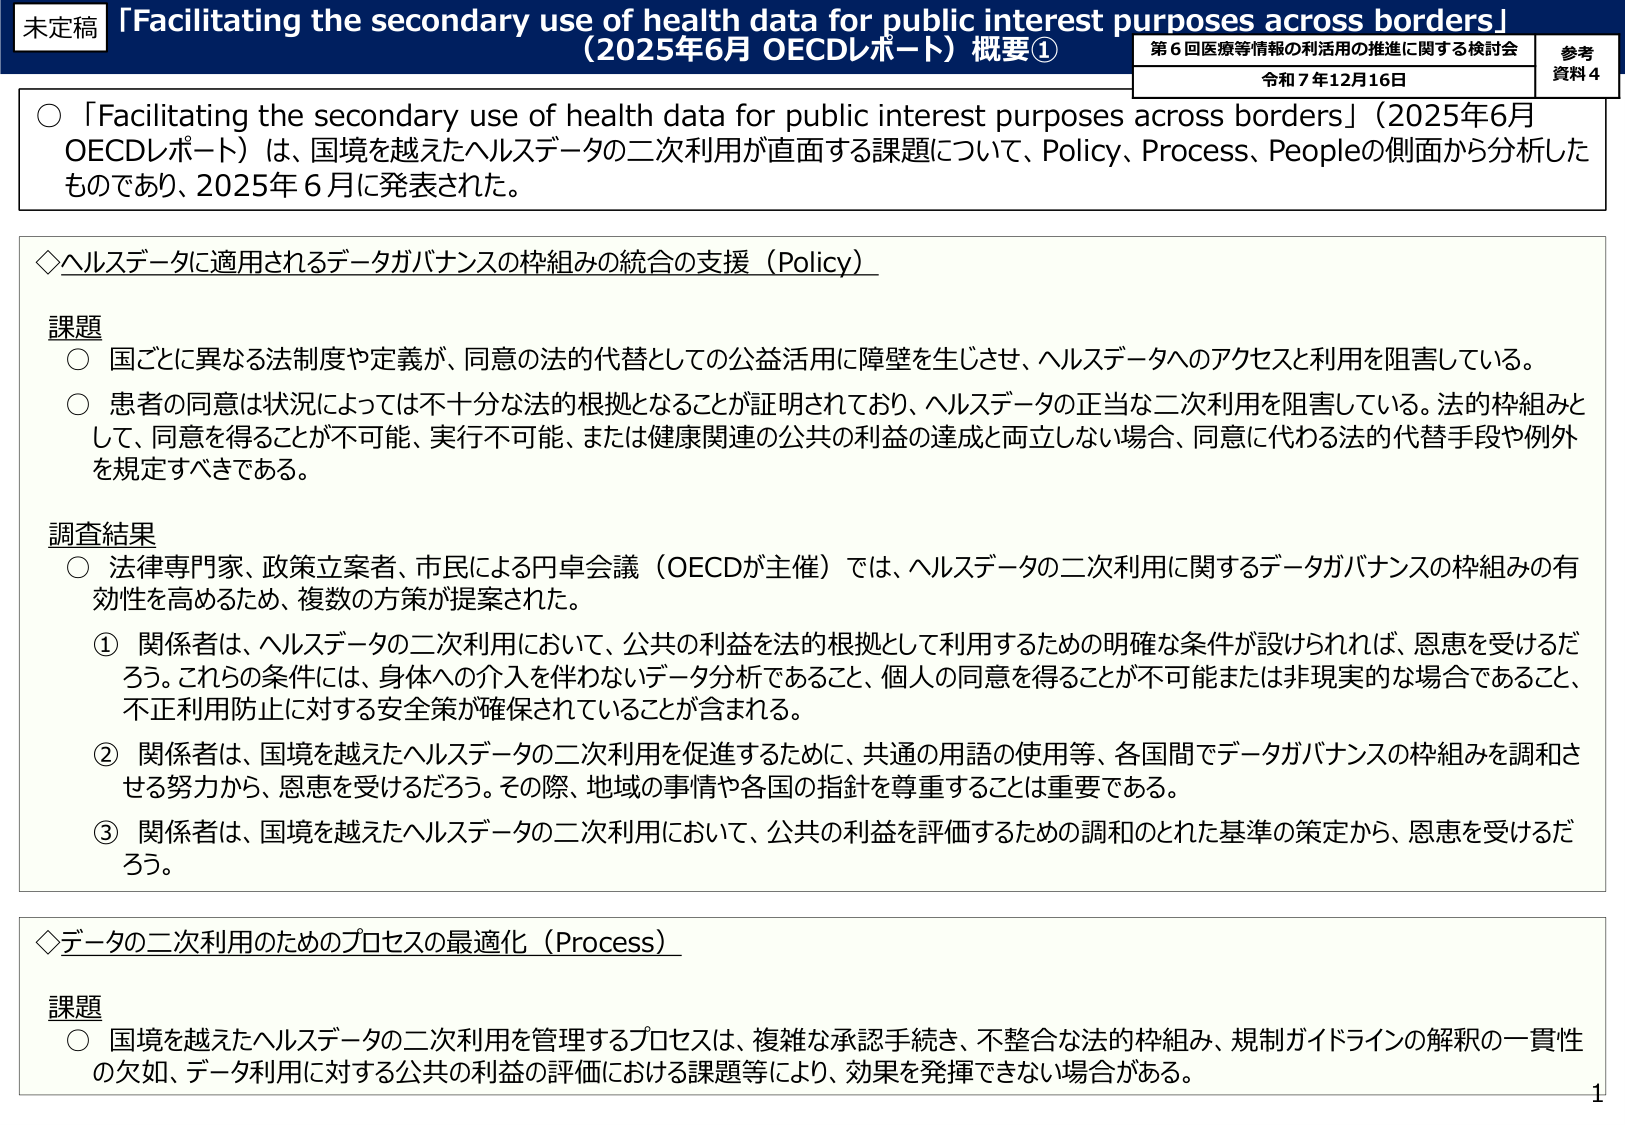
未定稿
「Facilitating the secondary use of health data for public interest purposes across borders」
（2025年6月 OECDレポート）概要①
第6回医療等情報の利活用の推進に関する検討会
令和7年12月16日
参考資料4

○「Facilitating the secondary use of health data for public interest purposes across borders」（2025年6月OECDレポート）は、国境を越えたヘルスデータの二次利用が直面する課題について、Policy、Process、Peopleの側面から分析したものであり、2025年6月に発表された。

◇ヘルスデータに適用されるデータガバナンスの枠組みの統合の支援（Policy）

課題
○ 国ごとに異なる法制度や定義が、同意の法的代替としての公益活用に障壁を生じさせ、ヘルスデータへのアクセスと利用を阻害している。
○ 患者の同意は状況によっては不十分な法的根拠となることが証明されており、ヘルスデータの正当な二次利用を阻害している。法的枠組みとして、同意を得ることが不可能、実行不可能、または健康関連の公共の利益の達成と両立しない場合、同意に代わる法的代替手段や例外を規定すべきである。

調査結果
○ 法律専門家、政策立案者、市民による円卓会議（OECDが主催）では、ヘルスデータの二次利用に関するデータガバナンスの枠組みの有効性を高めるため、複数の方策が提案された。
① 関係者は、ヘルスデータの二次利用において、公共の利益を法的根拠として利用するための明確な条件が設けられれば、恩恵を受けるだろう。これらの条件には、身体への介入を伴わないデータ分析であること、個人の同意を得ることが不可能または非現実的な場合であること、不正利用防止に対する安全策が確保されていることが含まれる。
② 関係者は、国境を越えたヘルスデータの二次利用を促進するために、共通の用語の使用等、各国間でデータガバナンスの枠組みを調和させる努力から、恩恵を受けるだろう。その際、地域の事情や各国の指針を尊重することは重要である。
③ 関係者は、国境を越えたヘルスデータの二次利用において、公共の利益を評価するための調和のとれた基準の策定から、恩恵を受けるだろう。

◇データの二次利用のためのプロセスの最適化（Process）

課題
○ 国境を越えたヘルスデータの二次利用を管理するプロセスは、複雑な承認手続き、不整合な法的枠組み、規制ガイドラインの解釈の一貫性の欠如、データ利用に対する公共の利益の評価における課題等により、効果を発揮できない場合がある。

1